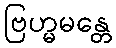
ဗြဟ္မမန္တေ